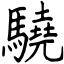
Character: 驍